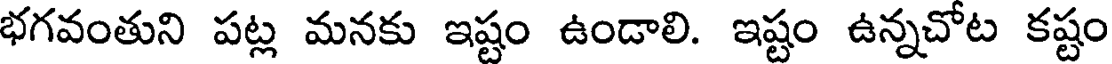
భగవంతుని పట్ల మనకు ఇష్టం ఉండాలి. ఇష్టం ఉన్నచోట కష్టం